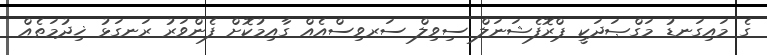
ގެ މައިގަނޑު މަގްޞަދަކީ ޕްރޮފެޝަނަލް ސިވިލް ސަރވިސްއެއް ގާއިމުކޮށް ފެންވަރު ރަނގަޅު ޚިދުމަތެއް